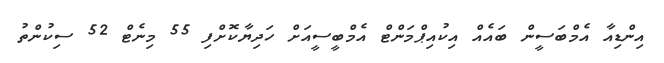
އިންޑިއާ އެމްބަސީން ބައެއް އިކުއިޕްމަންޓް އެމްބީސީއަށް ހަދިޔާކޮށްފި 55 މިނެޓް 52 ސިކުންތު